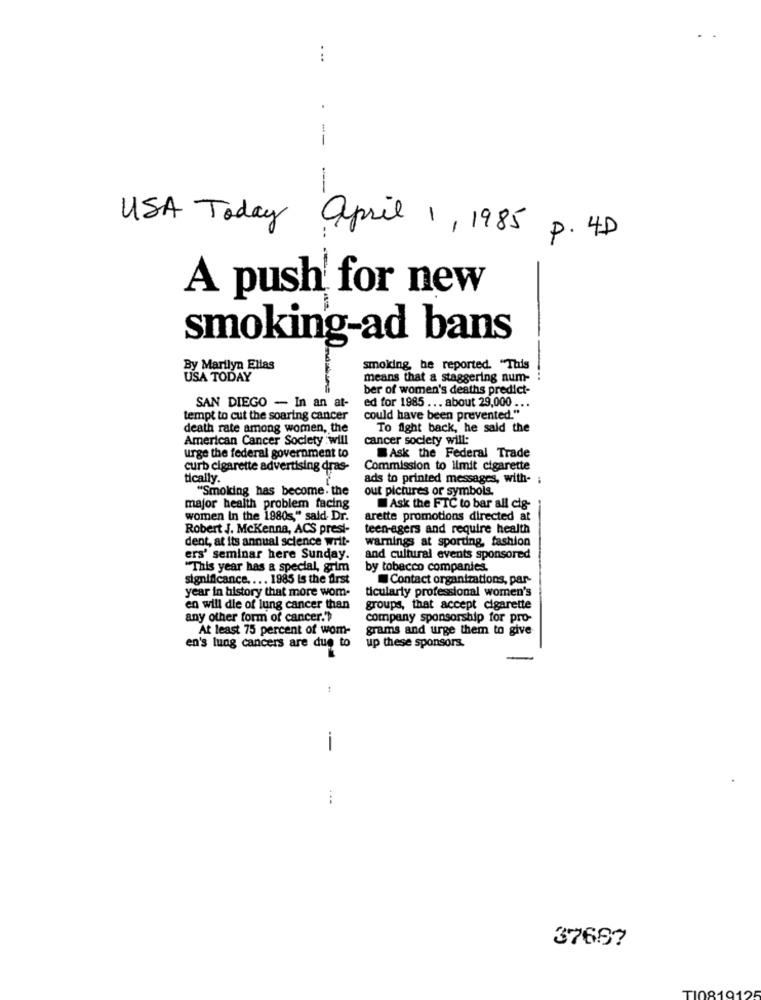
. ..
-
USA Today april 1, 1985 P. 4D
A push for new
smoking-ad bans
By Marilyn Ellas
smoking, be reported. "This
USA TODAY
means that a staggering num-
ber of women's deaths predict-
SAN DIEGO - In an at-
ed for 1985 ... about 29,000 ...
tempt to cut the soaring cancer
could have been prevented."
death rate among women, the
To fight back, he said the
American Cancer Society :will
cancer society will:
urge the federal government to
Ask the Federal Trade
curb cigarette advertising dras-
Commission to limit cigarette
tically.
ads to printed messages, with-
"Smoking has become. the
out pictures or symbols.
major health problem facing
Ask the FTC to bar all cig-
women In the 1980s," said Dr.
arette promotions directed at
Robert J. McKenna, ACS presi-
teen-agers and require health
dent, at its annual science writ-
warnings at sporting, fashion
ers' seminar here Sunday.
and cultural events sponsored
"This year has a special, grim
by tobacco companies.
significance .... 1985 is the first
Contact organizations, par-
year in history that more wom-
ticularly professional women's
en will die of lung cancer than
groups, that accept cigarette
any other form of cancer.">
company sponsorship for pro-
At least 75 percent of wom-
grams and urge them to give
en's lung cancers are due to
up these sponsors.
-
3768?
TI081912